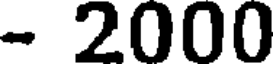
- 2000